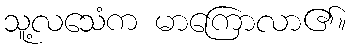
သူ့လသေံက မာကြောလာ၏။